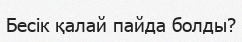
Бесік қалай пайда болды?